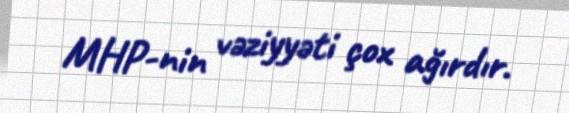
MHP-nin vəziyyəti çox ağırdır.